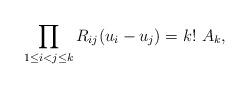
LaTeX: \begin{align*}\prod_{1\leq i<j\leq k}R_{ij}(u_i-u_j)=k!~A_k,\end{align*}